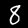
Label: 8